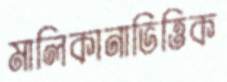
মালিকানাভিত্তিক